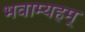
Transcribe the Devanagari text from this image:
भवाम्यहम्